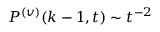
P ^ { ( v ) } ( k - 1 , t ) \sim t ^ { - 2 }